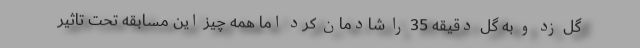
گل زد و به گل دقیقه 35 را شادمان کرد اما همه چیز این مسابقه تحت تاثیر